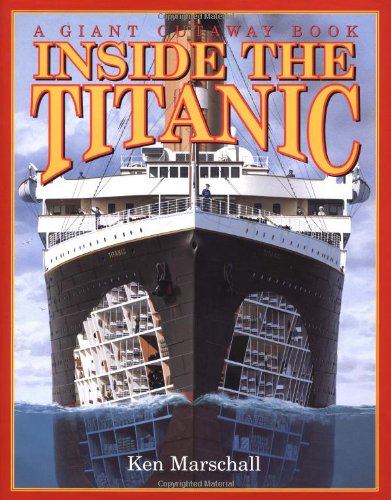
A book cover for Inside the Titanic (A Giant Cutaway Book); Hugh Brewster; Children's Books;